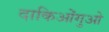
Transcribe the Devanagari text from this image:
दाकिओंगुओ